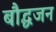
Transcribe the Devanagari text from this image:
बौद्धजन